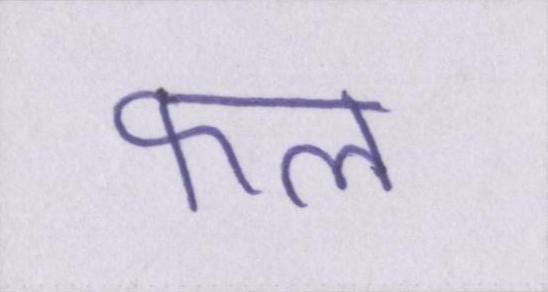
फल